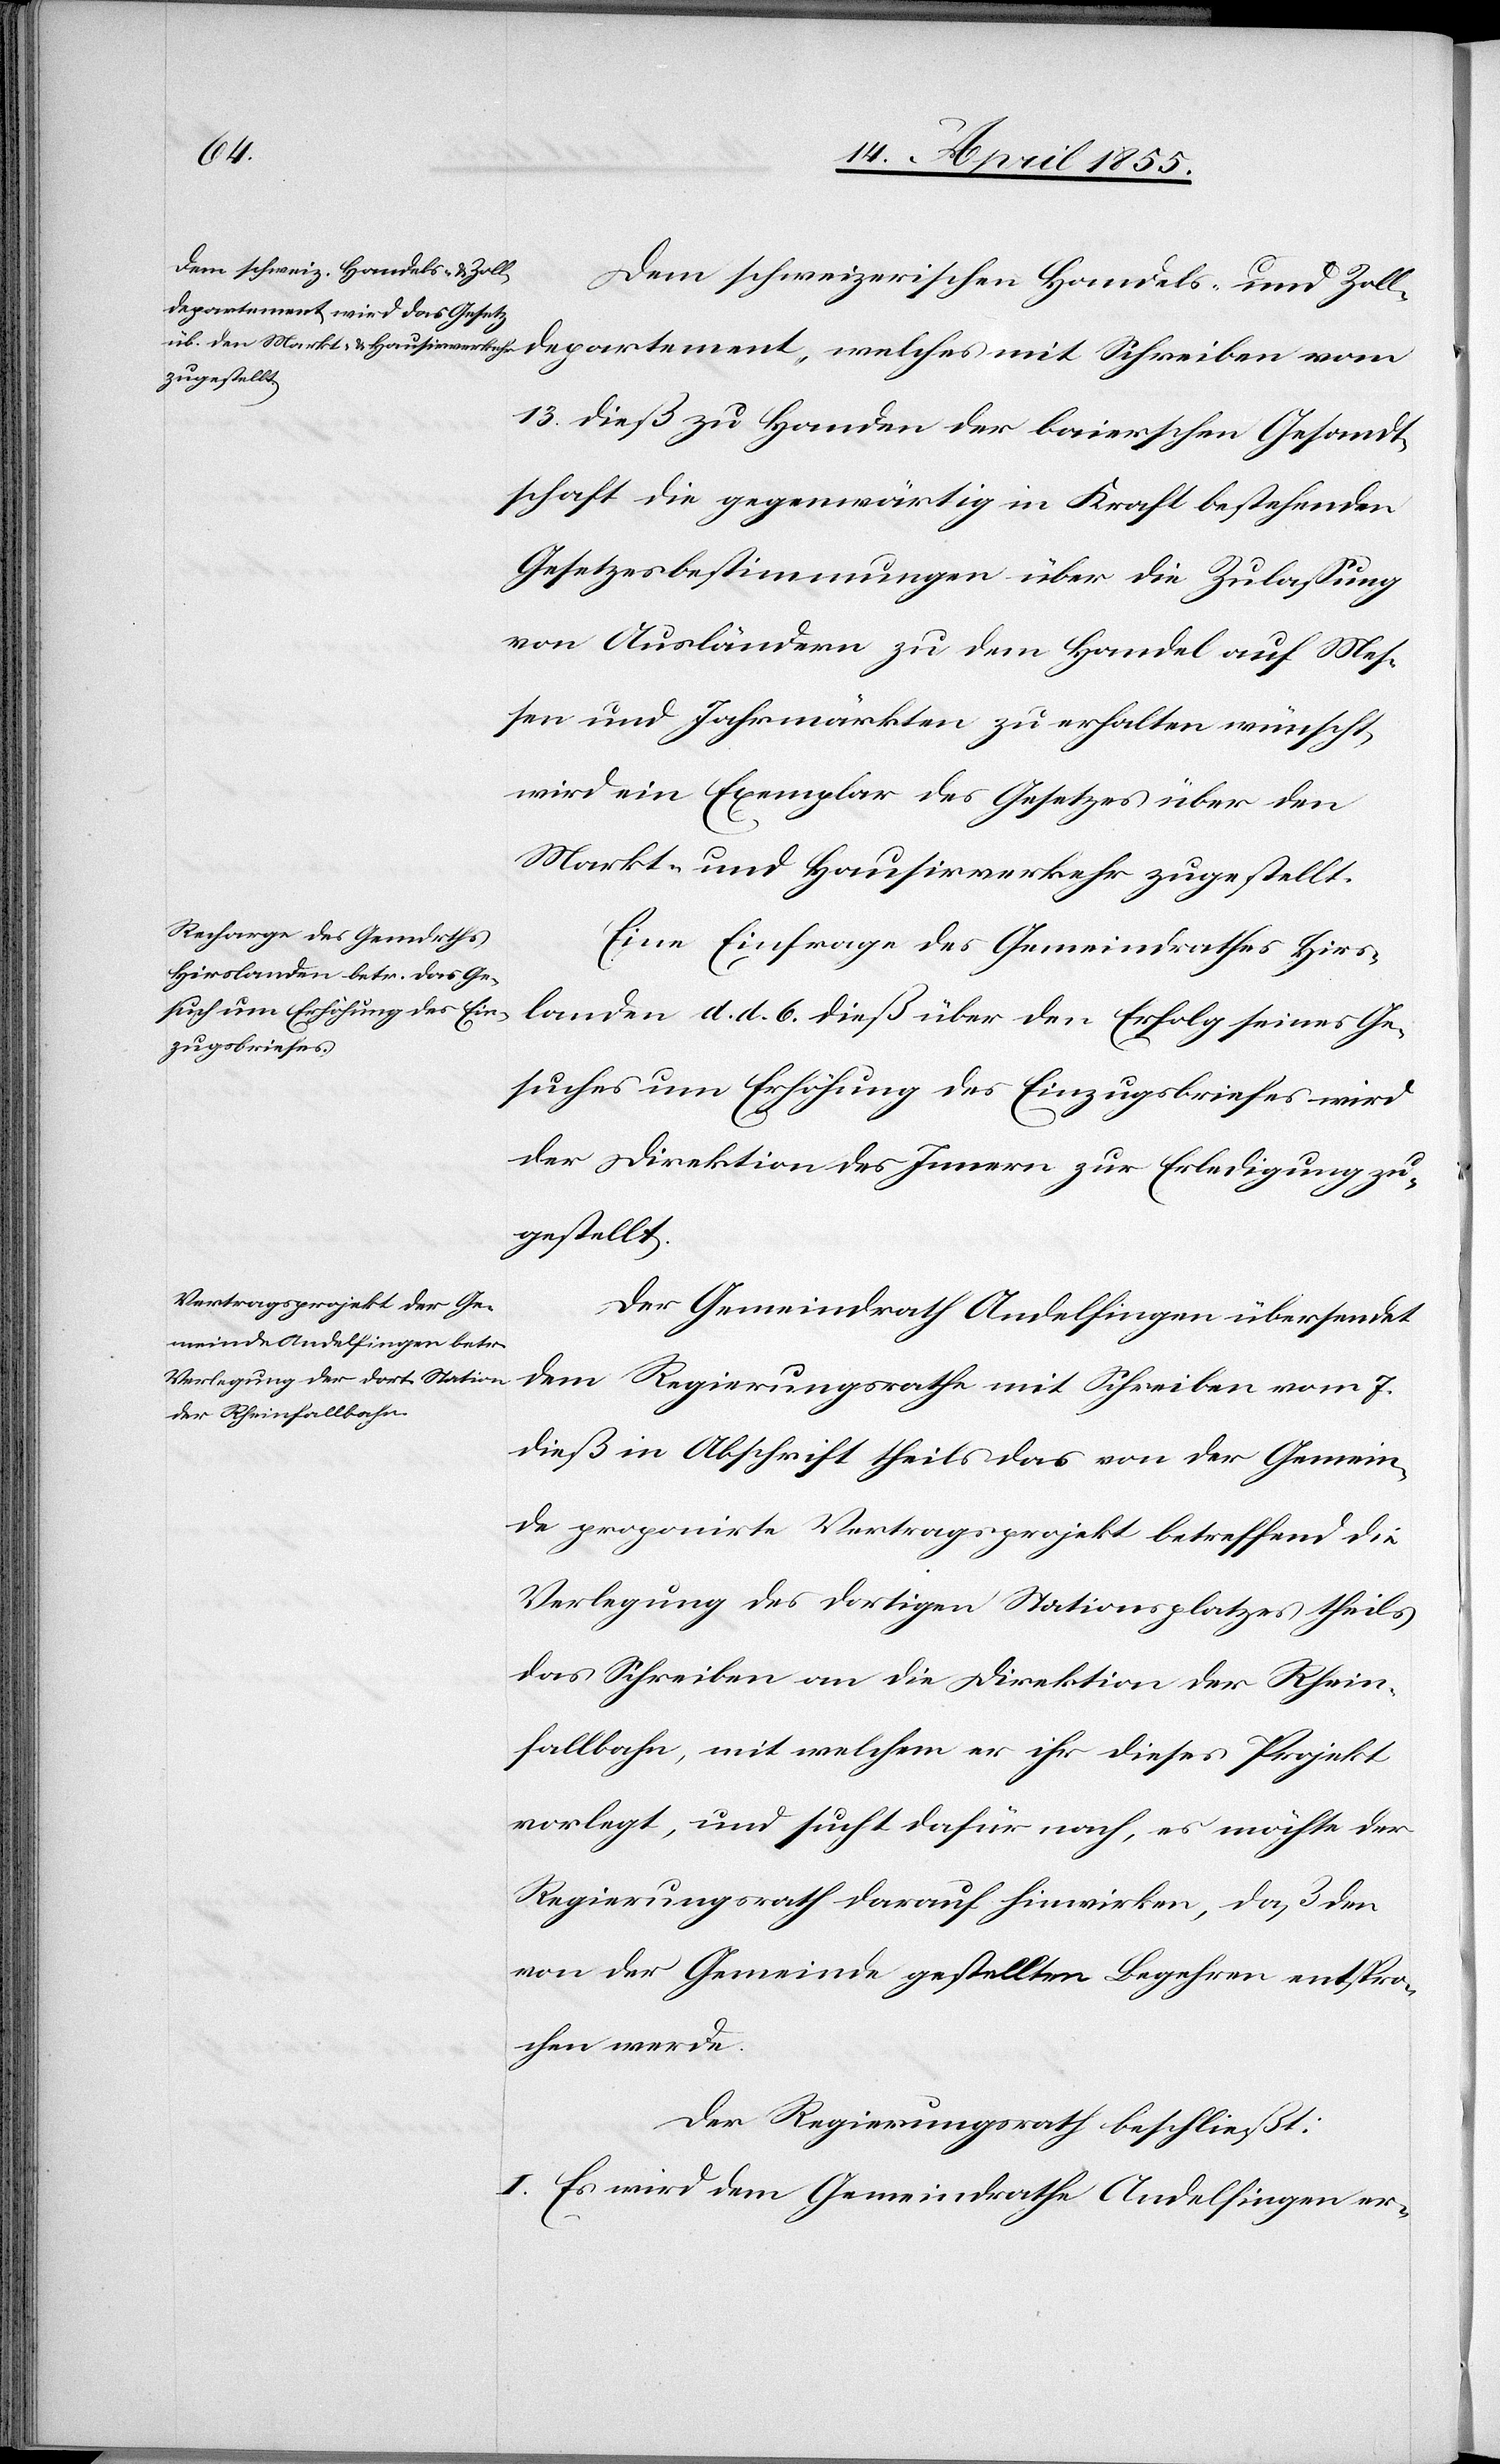
Dem schweizerischen Handels- und Zoll¬
13. dieß zu Handen der baierschen Gesandt¬
schaft die gegenwärtig in Kraft bestehenden
Gesetzesbestimmungen über die Zulassung
von Ausländern zu dem Handel auf Mes¬
sen und Jahrmärkten zu erhalten wünscht,
wird ein Exemplar des Gesetzes über den
Markt- und Hausirverkehr zugestellt.
Eine Einfrage des Gemeindrathes Hirs¬
landen d. d. 6. dieß über den Erfolg seines Ge¬
suches um Erhöhung des Einzugsbriefes wird
der Direktion des Innern zur Erledigung zu¬
gestellt.
Der Gemeindrath Andelfingen übersendet
dem Regierungsrathe mit Schreiben vom 7.
mit Schreiben
dieß in Abschrift theils das von der Gemein¬
de proponirte Vertragsprojekt betreffend die
Verlegung des dortigen Stationsplatzes theils
das Schreiben an die Direktion der Rhein¬
fallbahn, mit welchem er ihr dieses Projekt
vorlegt, und sucht dafür nach, es möchte der
Regierungsrath darauf hinwirken, daß den
von der Gemeinde gestellten Begehren entspro¬
chen werde.
Der Regierungsrath beschließt:
I. Es wird dem Gemeindrathe Andelfingen er-